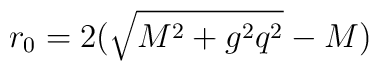
r_0 =  2(\sqrt{M^2+g^2 q^2}- M) \